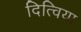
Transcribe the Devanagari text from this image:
दित्विया